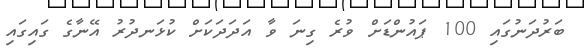
ބަރުދަނުގައި 100 ޕައުންޑަށް ވުރެ ގިނަ ވާ އަދަދަކަށް ކުޅަނދުރު އޭނާގެ ގައިގައި